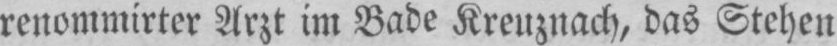
renommirter Arzt im Bade Kreuznach, das Stehen